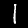
Digit: 1